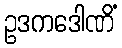
ဥဒကဒေါဏိံ